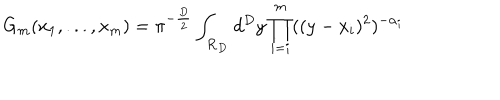
LaTeX: G _ { m } ( x _ { 1 } , . . . , x _ { m } ) = \pi ^ { - \frac { D } { 2 } } \int _ { \bf { R } _ { D } } d ^ { D } y \prod _ { i = i } ^ { m } ( ( y - x _ { i } ) ^ { 2 } ) ^ { - \alpha _ { i } }